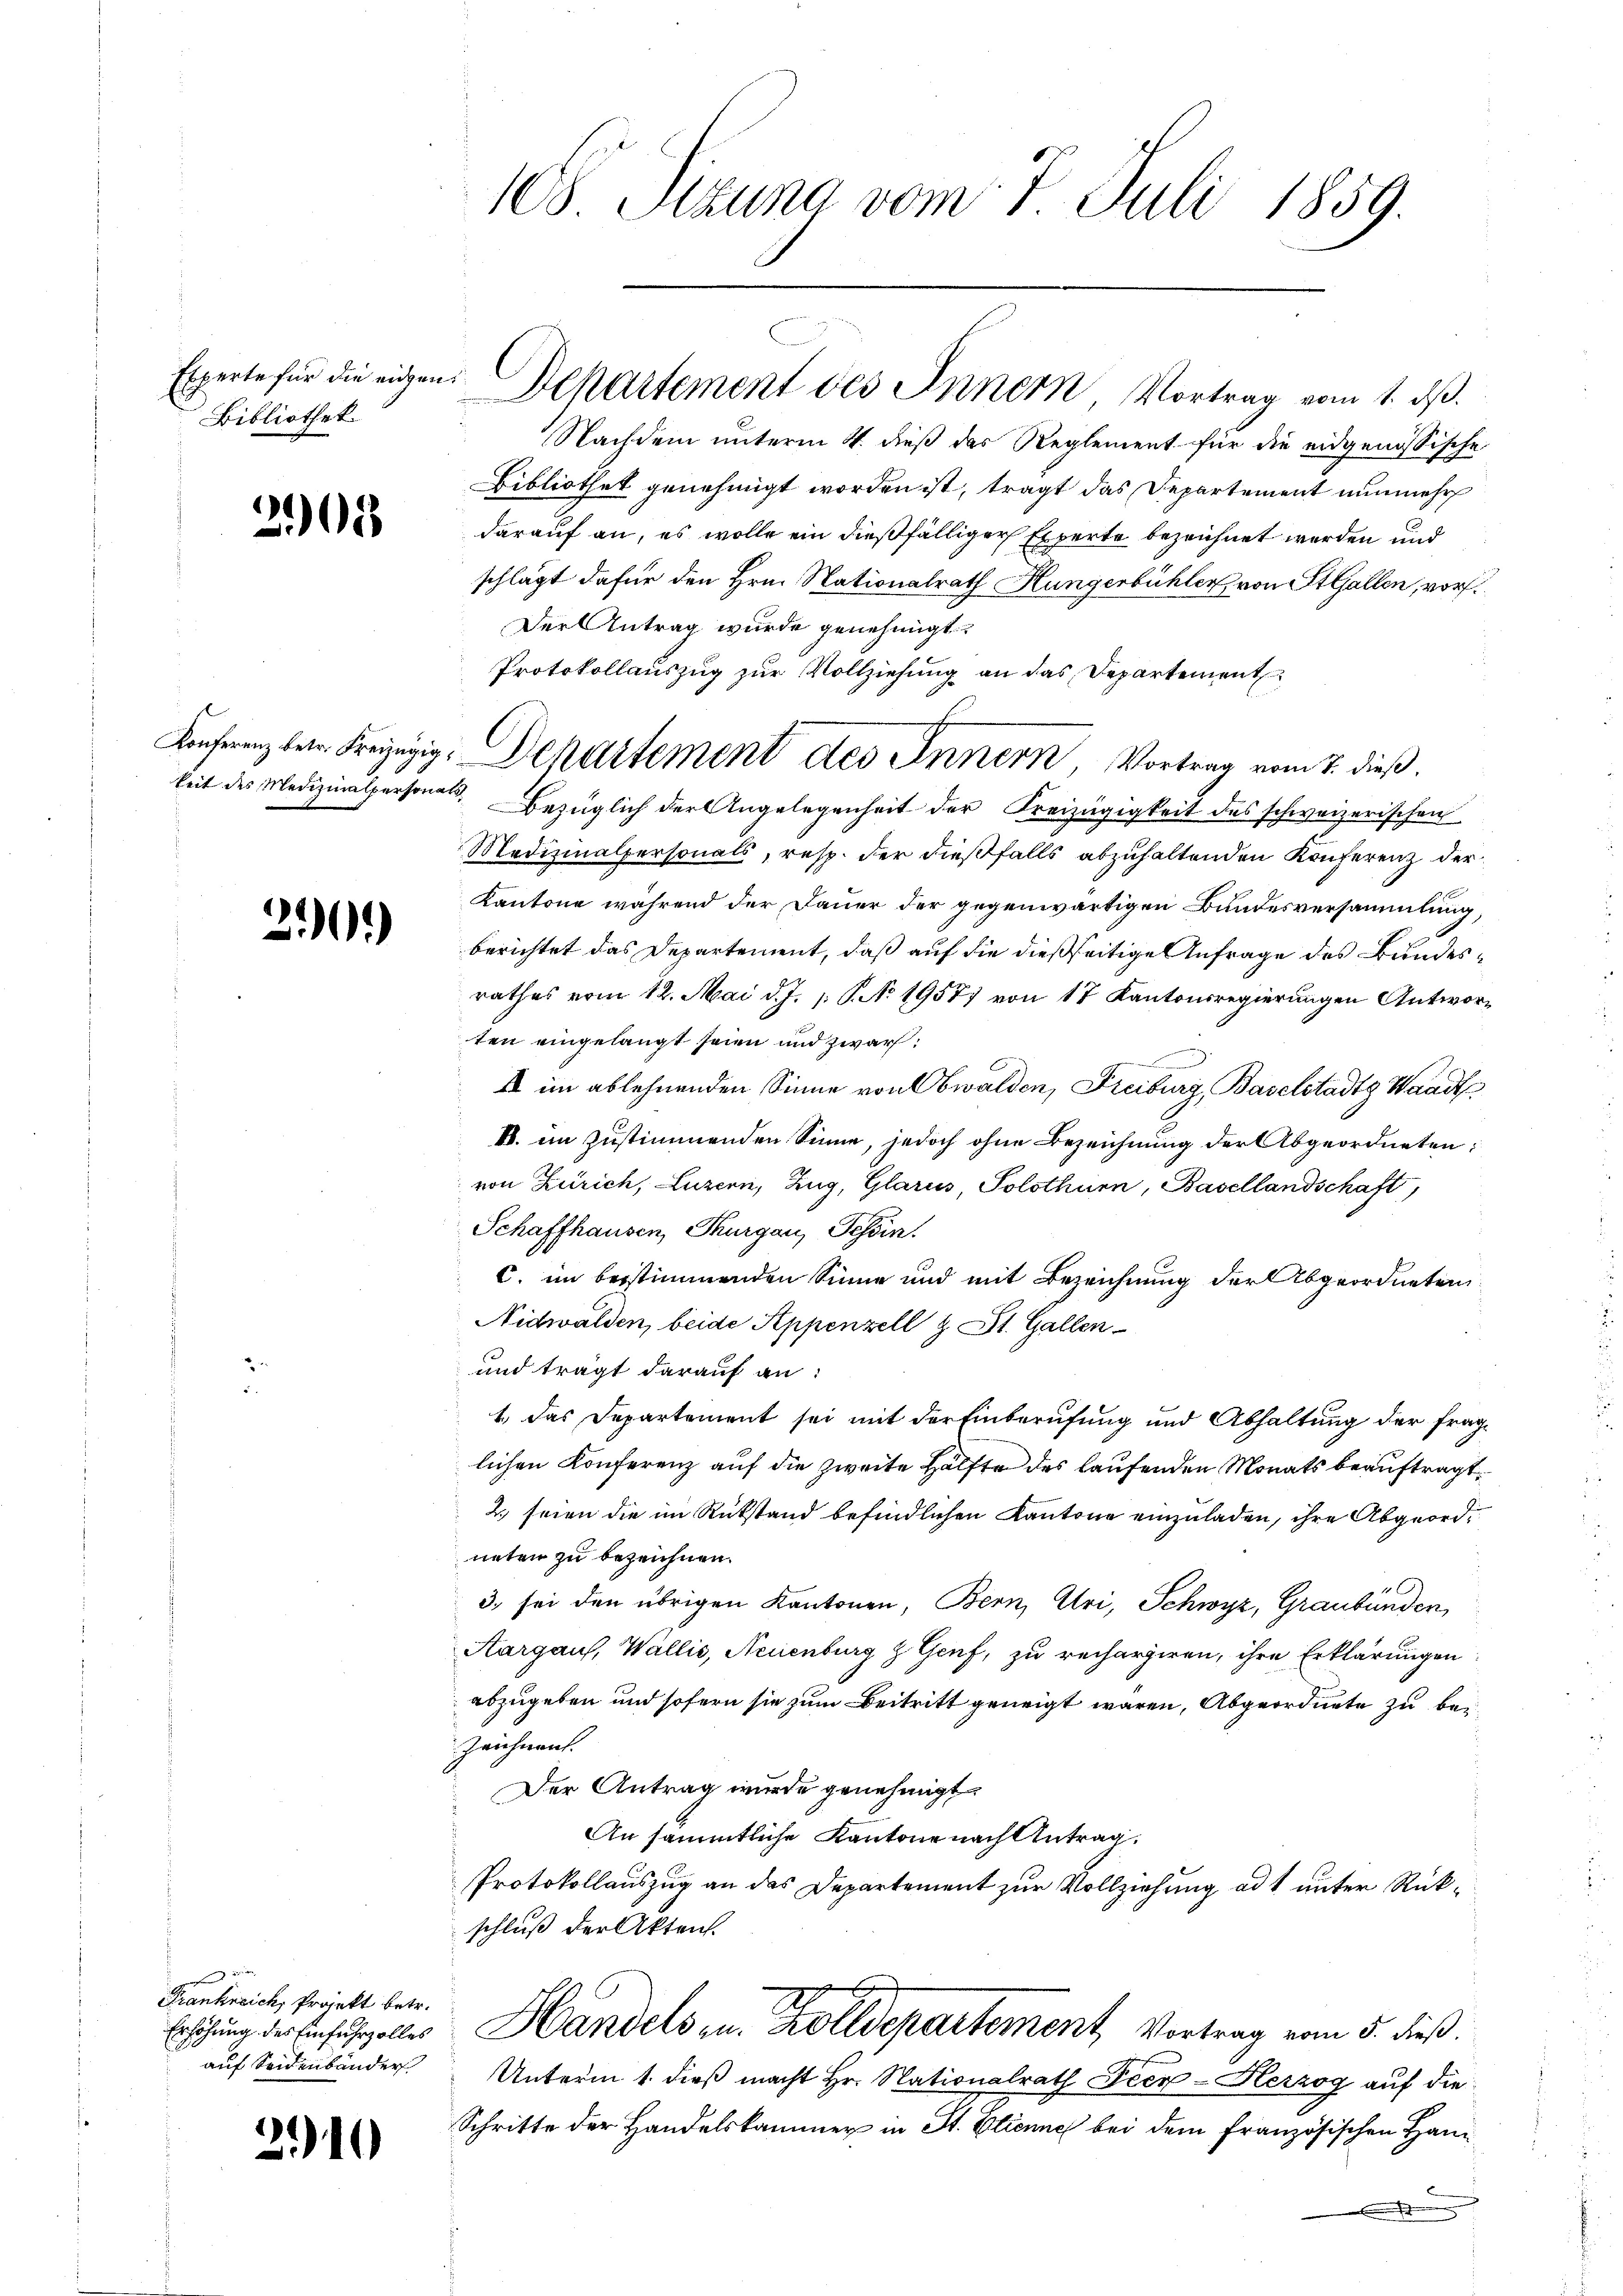
Experte für die eidgen
Bibliothek.

202

Konferenz betr. Freizügig,
keit des Medizinalpersonat

20)

ehend die
Frankreich, Projekt betr.
Erhöhung des Einfuhrzolles
auf Seidenbänder

2110

108. Pezuna vom 7. Juli 1859.

Nachdem unterm 4. dieß das Reglement für die eidgenössische
Bibliothek genehmigt worden ist, tragt das Departement nunmehr
darauf an, es wolle ein dießfälliger Experte bezeichnet werden und
schlägt dafür den Hrn. Nationalrath Hungerbühler von StGallen, vor¬
Der Antrag wurde genehmigt.
Protokollauszug zur Vollziehung an das Departement
Bezüglich der Angelegenheit der Kreizügigkeit des schweizerischen
Medizinalpersonals, resp. der dießfalls abzuhaltenden Konferenz der
Kantone während der Dauer der gegenwärtigen Bundesversammlung,
berichtet das Departement, daß auf die dießseitige Anfrage des Bundesrathes vom 12. Mai d. J. 1. P. No 19577 von 17 Kantonsregierungen Antworten eingelangt seien und zwar:
I im ablehnenden Sinne von Obwalden, Freiburg, Baselstadt Waadt
E. im Zustimmenden Sinne, jedoch ohne Bezeichnung der Abgeordneten:
von Zürich, Luzern, Zug, Glarus, Solothurn, Basellandschaft,
Schaffhausen, Thurgau, Tessin.
C. im bestimmenden Sinne und mit Bezeichnung der Abgeordneten
Nidwalden, beide Appenzell z. St. Gallen
und trägt darauf an:
1.) Das Departement sei mit der Einberufung und Abhaltung der fraglichen Konferenz auf die zweite Hälfte des laufenden Monats beauftragt.
2.) seien die im Rükstand befindlichen Kantone einzuladen, ihre Abgeordneten zu bezeichnen.
3. sei den übrigen Kantonen, Bern, Uri, Schwyz, Graubünden,
Aargaus, Wallis, Neuenburg z. Genf, zu rechargiren, ihre Erklärungen
abzugeben und sofern sie zum Beitritt geneigt waren, Abgeordnete zu bei
Zeichnen.
Der Antrag wurde genehmigt.
An sämmtliche Kantone nach Antrag.
Protokollauszug an das Departement zur Vollziehung ad 1 unter Rückschluß der Akten.
Handels in Zolldepartement, Vortrag vom 5. dieß.
Unterm 1. dieß macht Hr. Nationalrath Peer-Herzog auf die
Schritte der Handelskammer in St. Glienne bei dem französischen Han¬

Departement des Innern Vortrag vom 1. ds.

Departement des Innern, Vortrag vom 7. dieß.